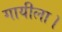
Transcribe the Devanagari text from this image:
गायीला।